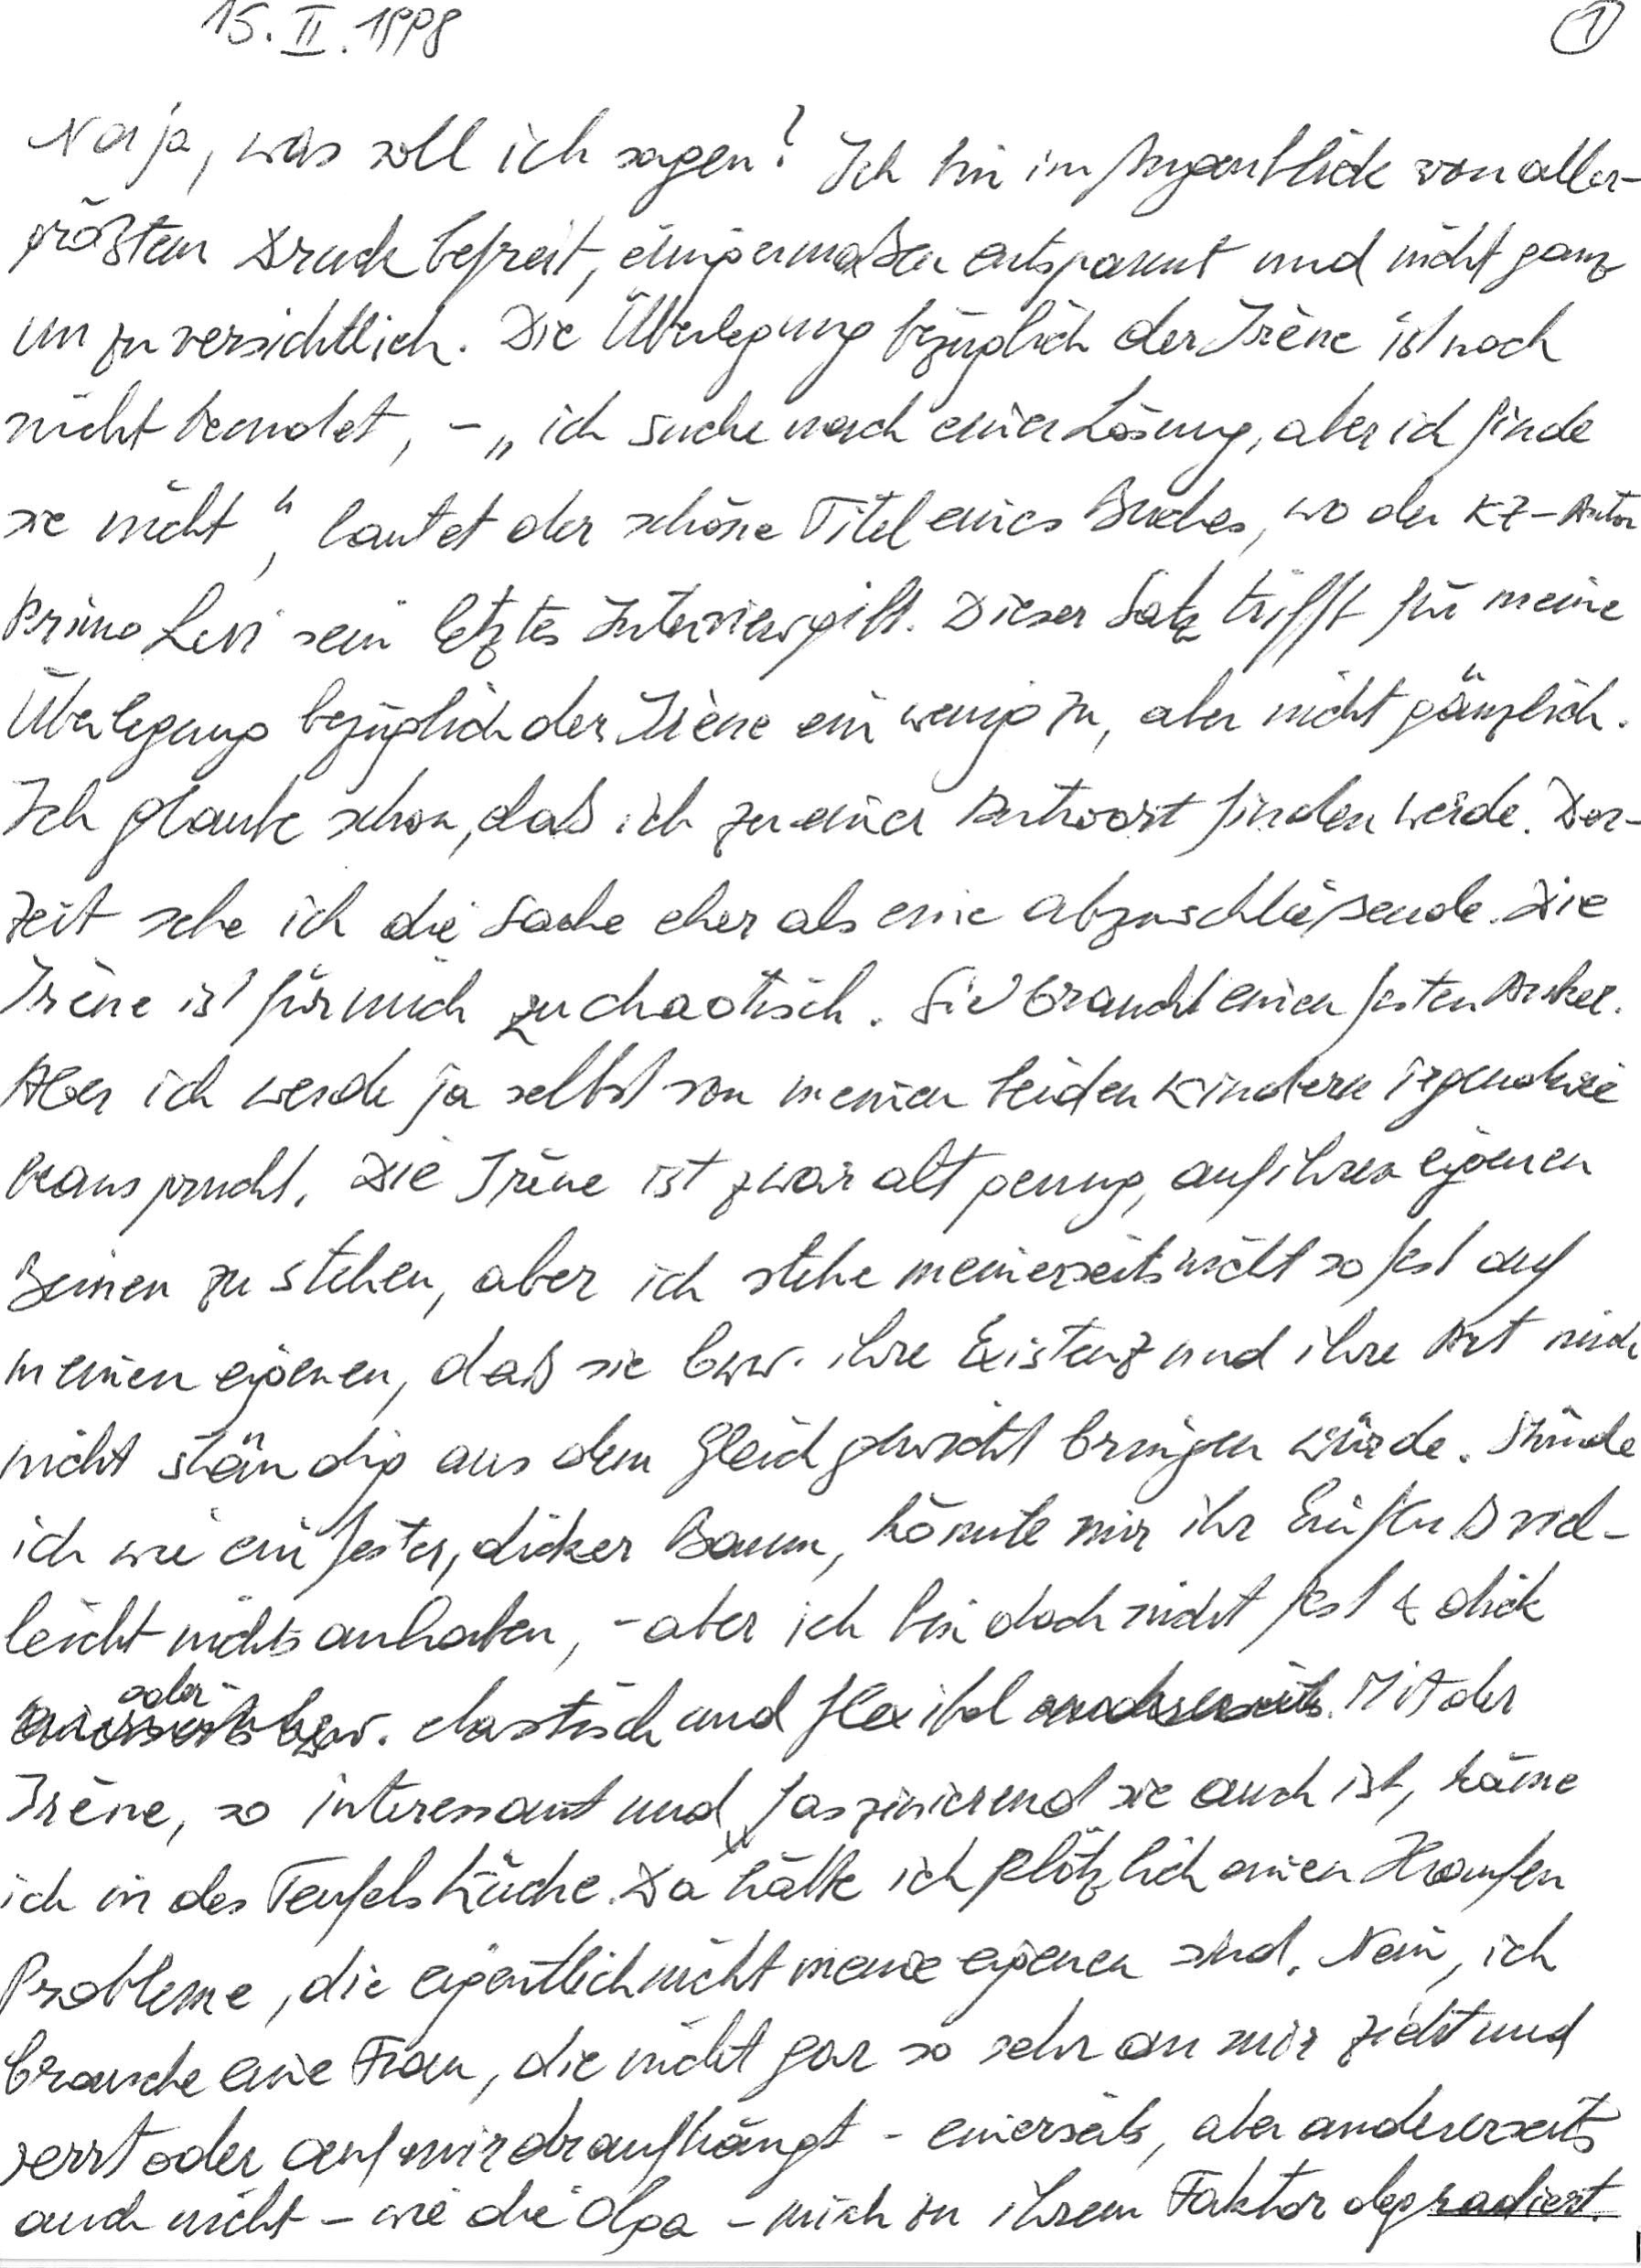
15. II. 1998
Naja, was soll ich sagen? Ich bin im Augenblick von aller-
größtem Druck befreit, einigermaßen entspannt und nicht ganz
unzuversichtlich. Die Überlegung bezüglich der Irène ist noch
nicht beendet, – „ich suche nach einer Lösung, aber ich finde
sie nicht“, lautet der schöne Titel eines Buches, wo der KZ-Autor
Primo Levi sein letztes Interview gibt. Dieser Satz trifft für meine
Überlegung bezüglich der Irène eine wenig zu, aber nicht gänzlich.
Ich glaube schon, daß ich zu einer Antwort finden werde. Der-
zeit sehe ich die Sache eher als eine abzuschließende. Die
Irène ist für mich zu chaotisch. Sie braucht einen festen Anker.
Aber ich werde ja selbst von meinen beiden Kindern irgendwie
beansprucht. Die Irène ist zwar alt genug, auf ihren eigenen
Beinen zu stehen, aber ich stehe meinerseits nicht so fest auf
meinen eigenen, daß sie bzw. ihre Existenz und ihre Art mich
nicht ständig aus dem Gleichgewicht bringen würde. Stünde
ich wie ein fester, dicker Baum, könnte mir ihr Einfluß viel-
leicht nichts anhaben, – aber ich bin doch nicht fest & dick
oder elastisch und flexibel. Mit der
Irène, so interessant und faszinierend sie auch ist, käme
ich in des Teufels Küche. Da hätte ich plötzlich einen Haufen
Probleme, die eigentlich nicht meine eigenen sind. Nein, ich
brauche eine Frau, die nicht gar so sehr an mir zieht und
zerrt oder auf mir draufhängt – einerseits, aber andererseits
auch nicht – wie die Olga – mich zu ihrem Faktor degradiert.